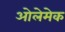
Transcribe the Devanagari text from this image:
ओलेमेक